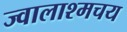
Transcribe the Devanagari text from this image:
ज्वालाश्मचय